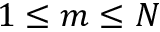
1 \le m \le N